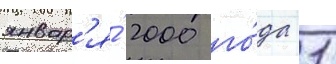
январ'я́ 2000 го́да 1